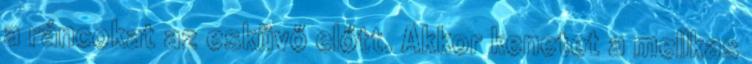
a ráncokat az esküvő előtt. Akkor kenetet a mellkas